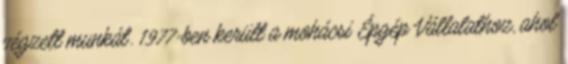
végzett munkát. 1977-ben került a mohácsi Épgép Vállalathoz, ahol